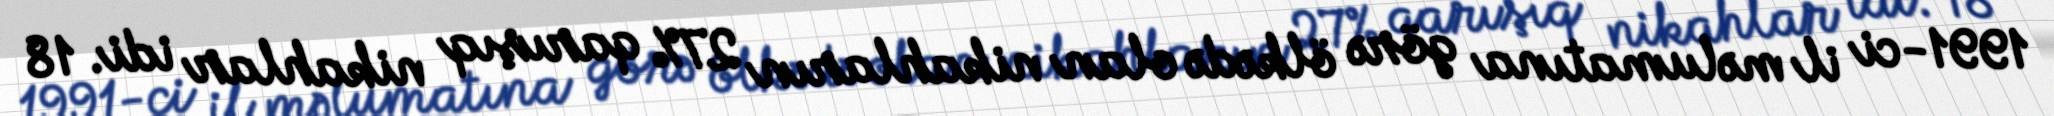
1991-ci il məlumatına görə ölkədə olan nikahların 27% qarışıq nikahlar idi. 18